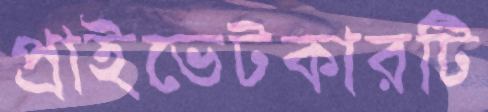
প্রাইভেটকারটি